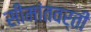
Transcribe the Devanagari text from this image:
सीमांतवर्ती